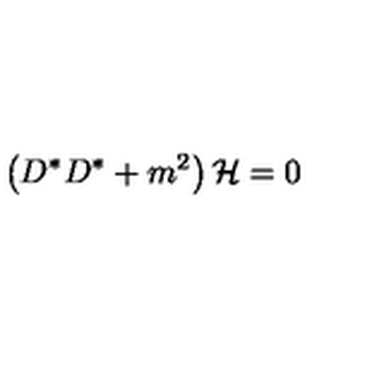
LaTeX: \left( D ^ { * } D ^ { * } + m ^ { 2 } \right) { \cal H } = 0